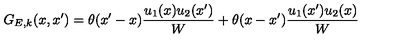
G _ { E , k } ( x , x ^ { \prime } ) = \theta ( x ^ { \prime } - x ) \frac { u _ { 1 } ( x ) u _ { 2 } ( x ^ { \prime } ) } { W } + \theta ( x - x ^ { \prime } ) \frac { u _ { 1 } ( x ^ { \prime } ) u _ { 2 } ( x ) } { W }